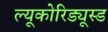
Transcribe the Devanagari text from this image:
ल्यूकोरिड्यूस्ड